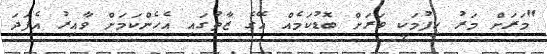
"މަރަށް މަރު ހިފުމަކީ ވަރަށް ބޮޑުކަމެއް އޭގެ ޒާތުގައި އެހެންކަމަށް ވާއިރު އެފަދަ